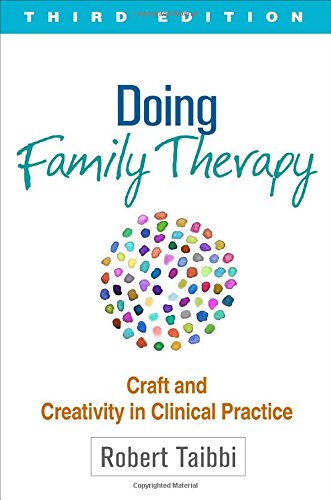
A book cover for Doing Family Therapy, Third Edition: Craft and Creativity in Clinical Practice (The Guilford Family Therapy); Robert Taibbi LCSW; Christian Books & Bibles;